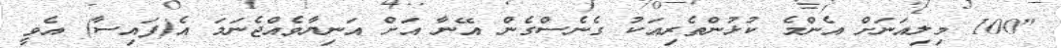
"100 މިލިއަނަށް އެންމެ ކުޅުންތެރިއަކު ގެނެސްގެން އޭނާ އަށް އަނިޔާވެއްޖެނަމަ އެ(ފައިސާ) އެވީ